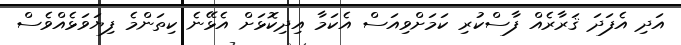
އަދި އެފަދަ ޤަރާރެއް ފާސްކުރި ކަމަށްވިއަސް އެކަމާ އިދިކޮޅަށް އެޅޭނެ ކިތަންމެ ފިޔަވަޅެއްވެސް